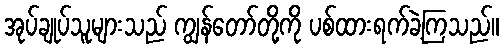
အုပ်ချုပ်သူများသည် ကျွန်တော်တို့ကို ပစ်ထားရက်ခဲ့ကြသည်။